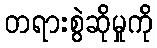
တရားစွဲဆိုမှုကို